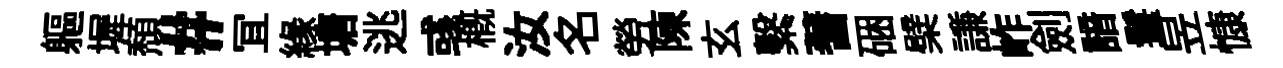
軀墀頽#冝緣塘逃彧槪汝名勞陳玄繫蓍硱檗謙岞劍諳鬟昱慷